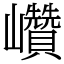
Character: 巑